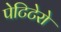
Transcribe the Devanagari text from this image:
पेटिटेरो